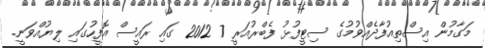
މަގާމުން އިސްތިއުފާދެއްވުމުގެ ސިޓީފުޅު ފެބްރުއަރީ 7 2012 ގައި ރައީސް އޮފީހުގައި ލިޔުއްވަނީ.